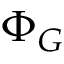
\Phi _ { G }